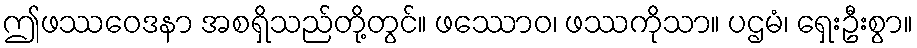
ဤဖဿဝေဒနာ အစရှိသည်တို့တွင်။ ဖဿောဝ၊ ဖဿကိုသာ။ ပဌမံ၊ ရှေးဦးစွာ။